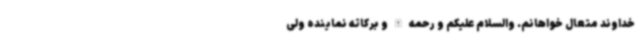
خداوند متعال خواهانم. والسلام علیکم و رحمه الله و برکاته نماینده ولی